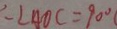
: \angle A O C = 9 0 ^ { \circ }